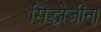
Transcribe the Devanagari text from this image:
सिद्धोजींना